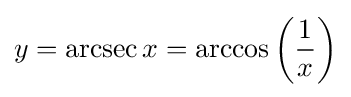
y=\operatorname {arcsec} x=\arccos \left({\frac {1}{x}}\right)